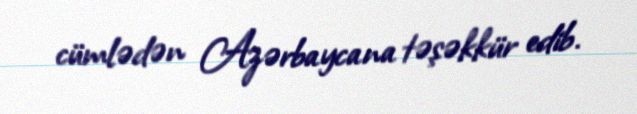
cümlədən Azərbaycana təşəkkür edib.